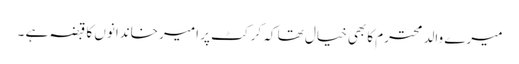
میرے والد محترم کابھی خیال تھا کہ کرکٹ پر امیر خاندانوں کا قبضہ ہے ۔